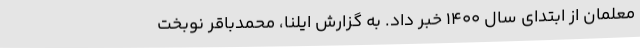
معلمان از ابتدای سال ۱۴۰۰ خبر داد. به گزارش ایلنا، محمدباقر نوبخت